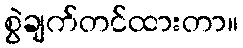
စွဲချက်တင်ထားတာ။